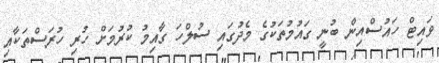
ވައިޓް ހައުސްއިން ބުނީ ގައުމުތަކުގެ މެދުގައި ސުލްހަ ގާއިމު ކުރުމަށް ހުރި ހުރަސްތަކާއި